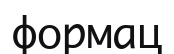
формац